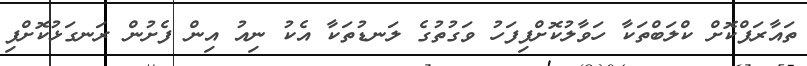
ތައާރަފްކޮށް ކްލަބްތަކާ ހަވާލުކޮށްފިފަހު ވަގުތުގެ ލަނޑުތަކާ އެކު ނިއު އިން ފެށުން ރަނގަޅުކޮށްފި